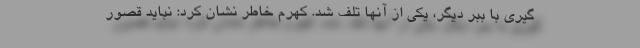
گیری با ببر دیگر، یکی از آنها تلف شد. کهرم خاطر نشان کرد: نباید قصور